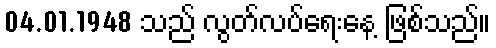
04.01.1948 သည် လွတ်လပ်ရေးနေ့ ဖြစ်သည်။